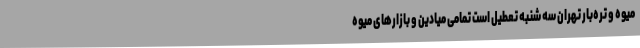
میوه و تره‌بار تهران سه شنبه تعطیل است تمامی میادین و بازارهای میوه